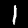
Label: 1